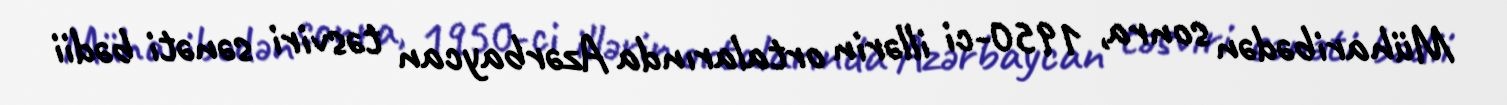
Müharibədən sonra, 1950-ci illərin ortalarında Azərbaycan təsviri sənəti bədii